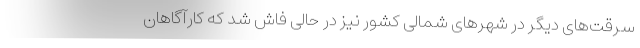
سرقت‌های دیگر در شهر‌های شمالی کشور نیز در حالی فاش شد که کارآگاهان